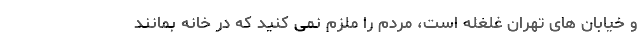
و خیابان های تهران غلغله است، مردم را ملزم نمی کنید که در خانه بمانند